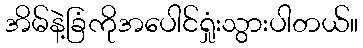
အိမ်နဲ့ခြံကိုအပေါင်ရှုံးသွားပါတယ်။